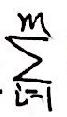
\(\sum_{i = 1}^{m}\)